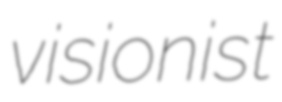
visionist